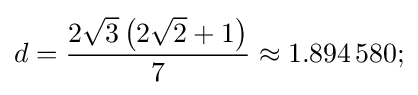
d={\frac {2{\sqrt {3}}\left(2{\sqrt {2}}+1\right)}{7}}\approx 1.894\,580;